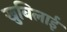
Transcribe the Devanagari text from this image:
खुबिलाई